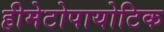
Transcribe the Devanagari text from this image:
हीमेटोपायोटिक